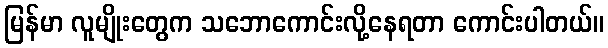
မြန်မာ လူမျိုးတွေက သဘောကောင်းလို့နေရတာ ကောင်းပါတယ်။